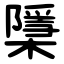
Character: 檃